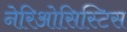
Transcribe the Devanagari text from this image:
नेरिओसिस्टिस